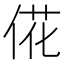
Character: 𫢮